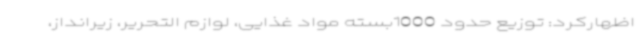
اظهارکرد: توزیع حدود 1000بسته مواد غذایی، لوازم التحریر، زیرانداز،